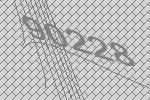
90228